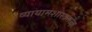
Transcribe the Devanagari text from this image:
व्यायामशास्त्रतज्ज्ञ